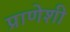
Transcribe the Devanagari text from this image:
प्राणेशी